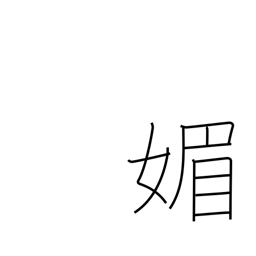
Meaning: flatter